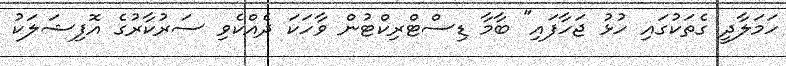
ހަމަލާދީ ގެތަކުގައި ހުޅު ޖަހާފައި" ބާމާ ޑިސްޓްރިކްޓުން ވާހަކަ ދެއްކެވި ސަރުކާރުގެ އޮފިޝަލަކު